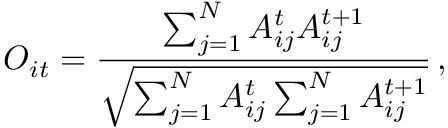
O _ { i t } = \frac { \sum _ { j = 1 } ^ { N } A _ { i j } ^ { t } A _ { i j } ^ { t + 1 } } { \sqrt { \sum _ { j = 1 } ^ { N } A _ { i j } ^ { t } \sum _ { j = 1 } ^ { N } A _ { i j } ^ { t + 1 } } } \, ,